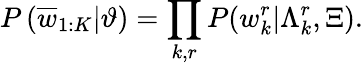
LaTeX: P\left(\overline{{w}}_{1:K}|\vartheta\right)=\prod_{k,r}P(w_{k}^{r}|\Lambda_{k}^{r},\Xi).